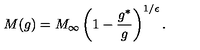
M ( g ) = M _ { \infty } \left( 1 - \frac { g ^ { * } } { g } \right) ^ { 1 / \epsilon } .